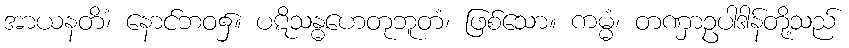
အာယနတိံ၊ နောင်ဘဝ၌။ ပဋိသန္ဓဟေတုဘူတံ၊ ဖြစ်သော။ ကမ္မံ၊ တဏှာဥပါဒါန်တို့သည်